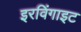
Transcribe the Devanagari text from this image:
इरविंगाइट